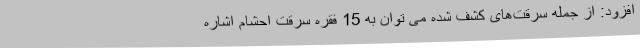
افزود: از جمله سرقت‌های کشف شده می توان به 15 فقره سرقت احشام اشاره